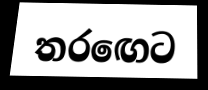
තරඟෙට